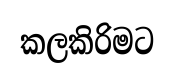
කලකිරිමට